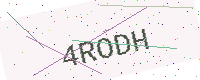
Text: 4RODH